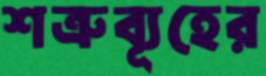
শত্রুব্যূহের